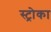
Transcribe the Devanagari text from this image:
स्ट्रोका